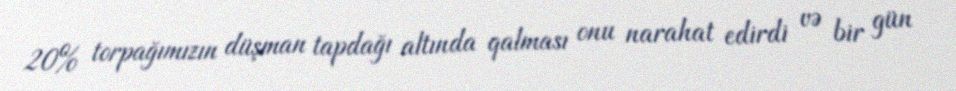
20% torpağımızın düşman tapdağı altında qalması onu narahat edirdi və bir gün